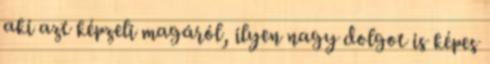
aki azt képzeli magáról, ilyen nagy dolgot is képes